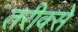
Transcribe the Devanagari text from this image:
तरीक्से